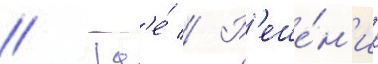
// Гд'е́ // Р'еше́н'ие